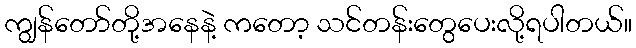
ကျွန်တော်တို့အနေနဲ့ ကတော့ သင်တန်းတွေပေးလို့ရပါတယ်။